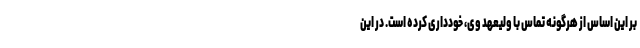
بر این اساس از هرگونه تماس با ولیعهد وی، خودداری کرده است. در این